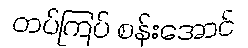
တပ်ကြပ် စန်းအောင်